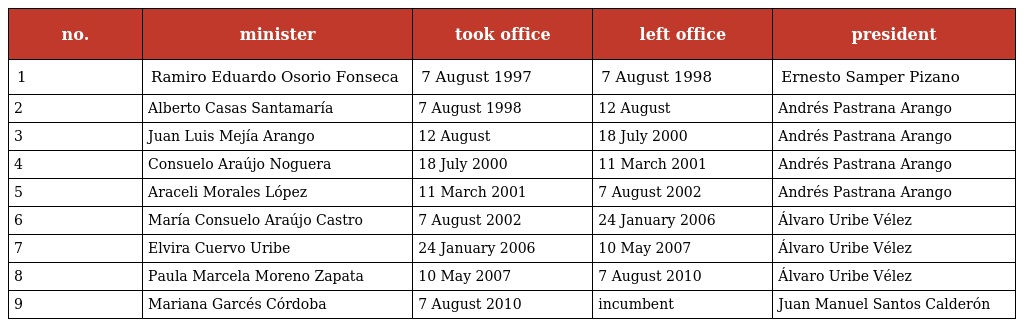
| no. | minister | took office | left office | president |
 | --- | --- | --- | --- | --- |
 | 1 | Ramiro Eduardo Osorio Fonseca | 7 August 1997 | 7 August 1998 | Ernesto Samper Pizano |
 | 2 | Alberto Casas Santamaría | 7 August 1998 | 12 August | Andrés Pastrana Arango |
 | 3 | Juan Luis Mejía Arango | 12 August | 18 July 2000 | Andrés Pastrana Arango |
 | 4 | Consuelo Araújo Noguera | 18 July 2000 | 11 March 2001 | Andrés Pastrana Arango |
 | 5 | Araceli Morales López | 11 March 2001 | 7 August 2002 | Andrés Pastrana Arango |
 | 6 | María Consuelo Araújo Castro | 7 August 2002 | 24 January 2006 | Álvaro Uribe Vélez |
 | 7 | Elvira Cuervo Uribe | 24 January 2006 | 10 May 2007 | Álvaro Uribe Vélez |
 | 8 | Paula Marcela Moreno Zapata | 10 May 2007 | 7 August 2010 | Álvaro Uribe Vélez |
 | 9 | Mariana Garcés Córdoba | 7 August 2010 | incumbent | Juan Manuel Santos Calderón |